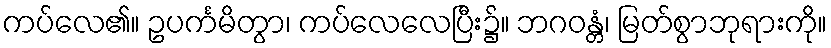
ကပ်လေ၏။ ဥပင်္ကမိတွာ၊ ကပ်လေလေပြီး၌။ ဘဂဝန္တံ၊ မြတ်စွာဘုရားကို။